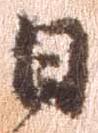
日